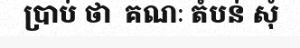
ប្រាប់ ថា  គណៈ តំបន់ សុំ